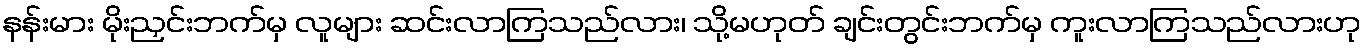
နန်းမား မိုးညှင်းဘက်မှ လူများ ဆင်းလာကြသည်လား၊ သို့မဟုတ် ချင်းတွင်းဘက်မှ ကူးလာကြသည်လားဟု